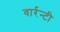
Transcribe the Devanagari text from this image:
वार्रन्टी